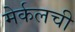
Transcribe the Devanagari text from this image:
मेर्कलची